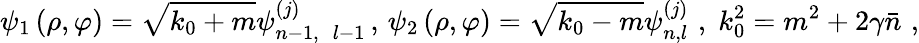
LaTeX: \psi_{1}\left(\rho,\varphi\right)=\sqrt{k_{0}+m}\psi_{n-1,\, \, \, l-1}^{\left(j\right)}\, ,\, \psi_{2}\left(\rho,\varphi\right)=\sqrt{k_{0}-m}\psi_{n,l}^{\left(j\right)}\, \, ,\; k_{0}^{2}=m^{2}+2\gamma\bar{n}\, \, ,